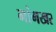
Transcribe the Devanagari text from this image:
गांगखर